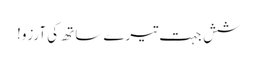
شش جہت تیرے ساتھ کی آرزو!